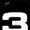
Digit: 3